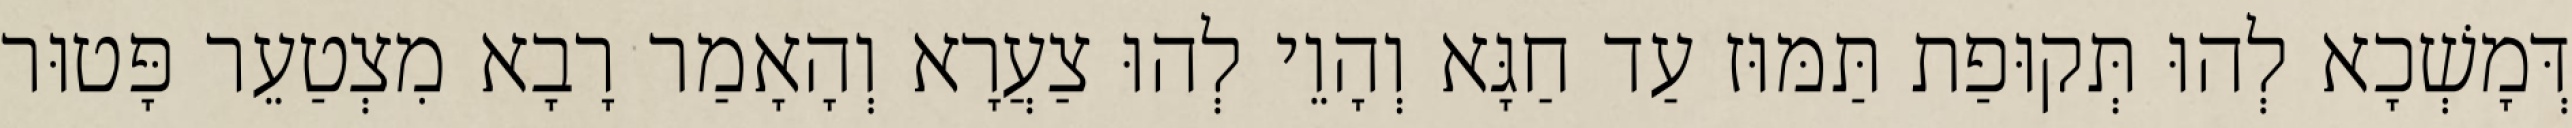
דְּמָשְׁכָא לְהוּ תְּקוּפַת תַּמּוּז עַד חַגָּא וְהָוֵי לְהוּ צַעֲרָא וְהָאָמַר רָבָא מִצְטַעֵר פָּטוּר